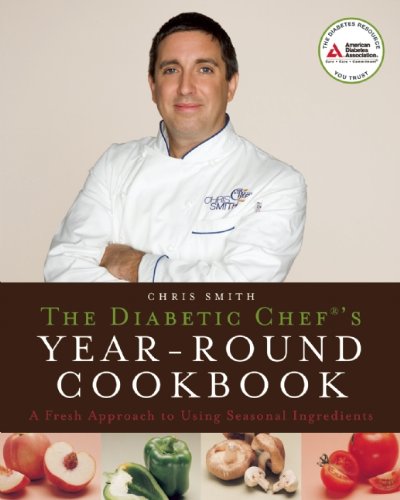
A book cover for The Diabetic Chef's Year-Round Cookbook: A Fresh Approach to Using Seasonal Ingredients; Chris Smith; Health, Fitness & Dieting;